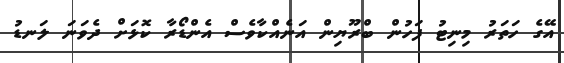
އޭގެ ހަތަރު މިނިޓު ފަހުން ބްރޫޔިން އަނެއްކާވެސް އެންޑޯރާ ކޮޅަށް ދެވަނަ ލަނޑު